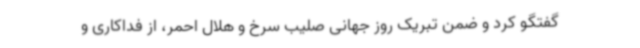
گفتگو کرد و ضمن تبریک روز جهانی صلیب سرخ و هلال احمر، از فداکاری و